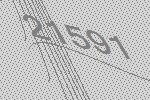
21591